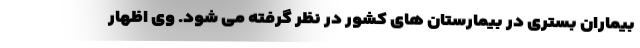
بیماران بستری در بیمارستان های کشور در نظر گرفته می شود. وی اظهار